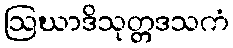
ဩဃာဒိသုတ္တဒသကံ